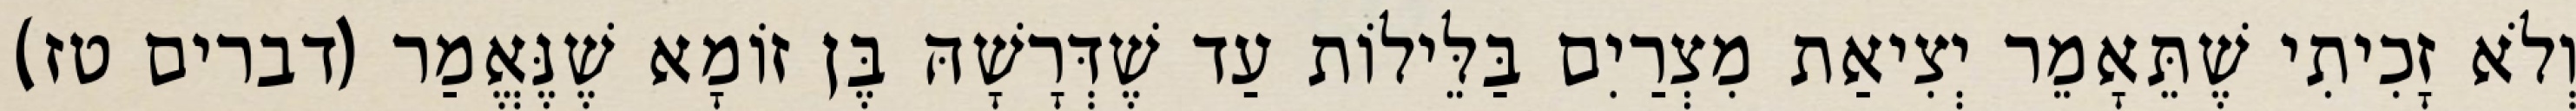
וְלֹא זָכִיתִי שֶׁתֵּאָמֵר יְצִיאַת מִצְרַיִם בַּלֵּילוֹת עַד שֶׁדְּרָשָׁהּ בֶּן זוֹמָא שֶׁנֶּאֱמַר (דברים טז)